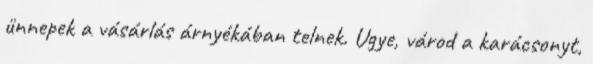
ünnepek a vásárlás árnyékában telnek. Ugye, várod a karácsonyt,